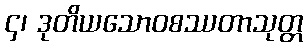
၄၊ ဒုတိယသောဝစဿတာသုတ္တ